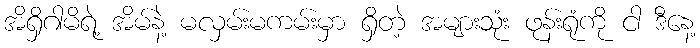
အိရှိဂါမိရဲ့ အိမ်နဲ့ မလှမ်းမကမ်းမှာ ရှိတဲ့ အများသုံး ဖုန်းရုံကို ငါ ဒီနေ့